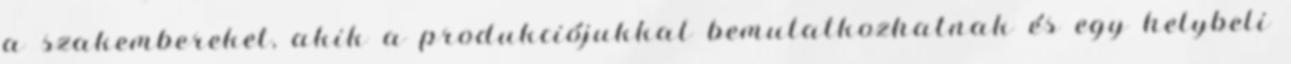
a szakembereket, akik a produkciójukkal bemutatkozhatnak és egy helybeli